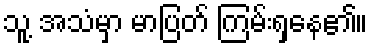
သူ့ အသံမှာ မာပြတ် ကြမ်းရှနေ၏။